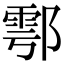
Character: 鄠